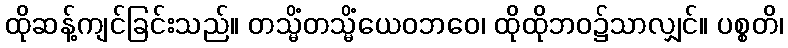
ထိုဆန့်ကျင်ခြင်းသည်။ တသ္မိံတသ္မိံယေဝဘဝေ၊ ထိုထိုဘဝ၌သာလျှင်။ ပစ္စတိ၊